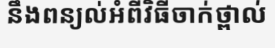
នឹងពន្យល់អំពីវិធីចាក់ថ្ពាល់